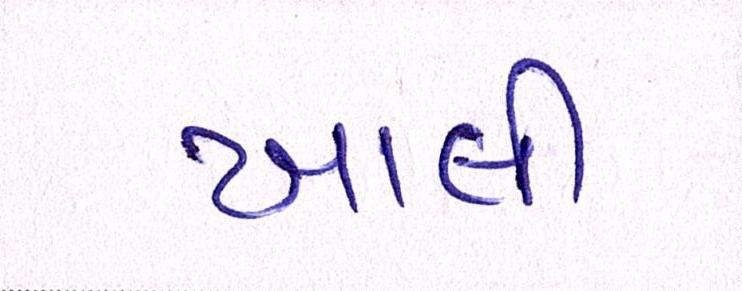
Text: ખાલી